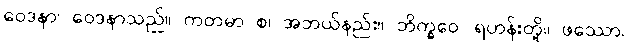
ဝေဒနာ၊ ဝေဒနာသည်။ ကတမာ စ၊ အဘယ်နည်း။ ဘိက္ခဝေ၊ ရဟန်းတို့။ ဖဿော၊